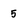
Character: 5